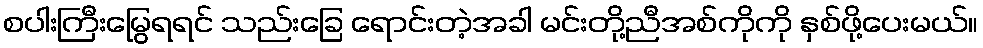
စပါးကြီးမြွေရရင် သည်းခြေ ရောင်းတဲ့အခါ မင်းတို့ညီအစ်ကိုကို နှစ်ဖို့ပေးမယ်။